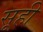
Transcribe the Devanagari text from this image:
सूही